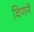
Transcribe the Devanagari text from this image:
विणने